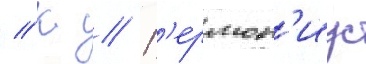
// К // Г'ермон'иус